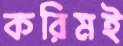
করিমই